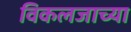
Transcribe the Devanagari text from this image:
विकलजाच्या